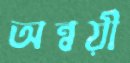
অন্বয়ী